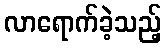
လာရောက်ခဲ့သည့်